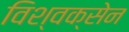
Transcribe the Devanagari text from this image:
विश्वक्सेन